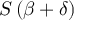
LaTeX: S \left( { \boldsymbol { \beta } } + { \boldsymbol { \delta } } \right)